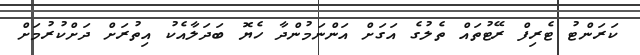
ކަރަންޓު ޓެރިފް ރޭޓުތައް ތެލުގެ އަގަށް އަންނަމުންދާ ހެޔޮ ބަދަލާއެކު އިތުރަށް ދަށްކުރުމަށް